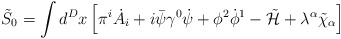
\begin{align*}\tilde S_0=\int d^Dx\left[\pi^i\dot A_i+i\bar\psi\gamma^0\dot\psi+\phi^2\dot\phi^1-\tilde {\cal H}+\lambda^\alpha\tilde\chi_\alpha\right]\end{align*}